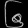
Digit: ၆